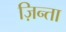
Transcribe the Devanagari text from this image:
ज़िन्ता